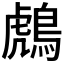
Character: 𪂬